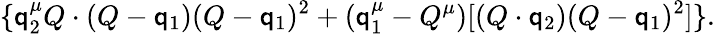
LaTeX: \{ \mathsf{q}_{2}^{\mu}Q\cdot(Q-\mathsf{q}_{1})(Q-\mathsf{q}_{1})^{2}+(\mathsf{q}_{1}^{\mu}-Q^{\mu})[(Q\cdot\mathsf{q}_{2})(Q-\mathsf{q}_{1})^{2}]\} .